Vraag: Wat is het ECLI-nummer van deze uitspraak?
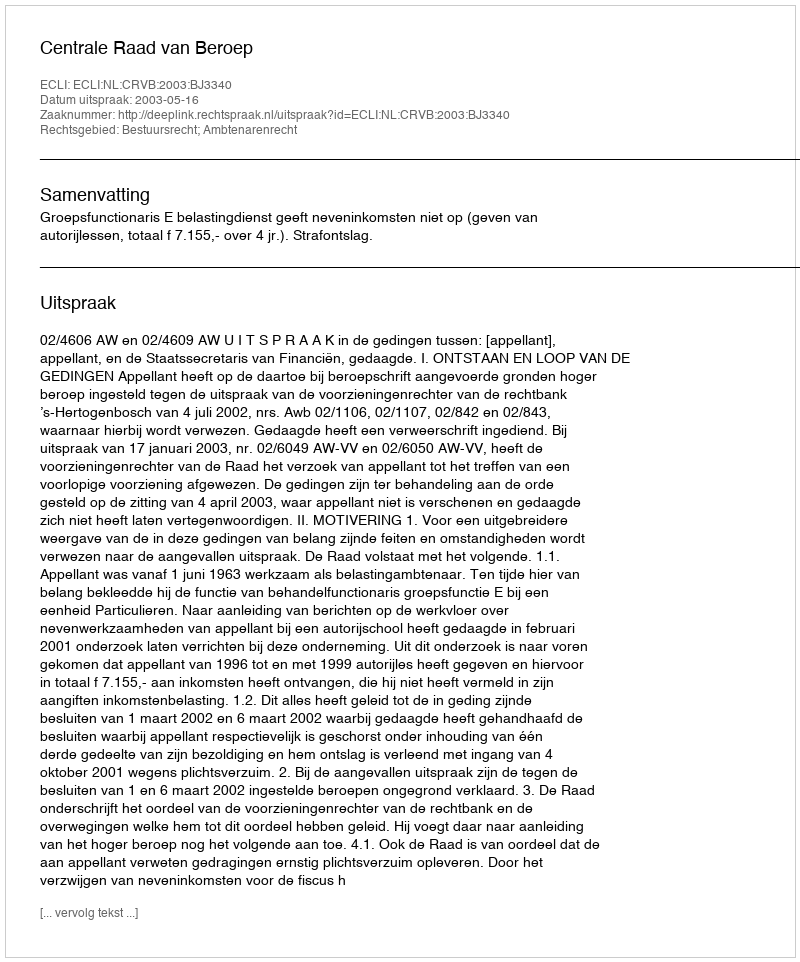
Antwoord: ECLI:NL:CRVB:2003:BJ3340